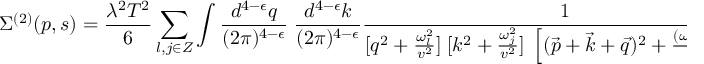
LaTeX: \Sigma ^ { ( 2 ) } ( p , s ) = { \frac { \lambda ^ { 2 } T ^ { 2 } } { 6 } } \sum _ { l , j \in { \cal Z } } \int { \frac { d ^ { 4 - \epsilon } q } { ( 2 \pi ) ^ { 4 - \epsilon } } } \; { \frac { d ^ { 4 - \epsilon } k } { ( 2 \pi ) ^ { 4 - \epsilon } } } { \frac { 1 } { [ q ^ { 2 } + \frac { \omega _ { l } ^ { 2 } } { v ^ { 2 } } ] \; [ k ^ { 2 } + \frac { \omega _ { j } ^ { 2 } } { v ^ { 2 } } ] \; \left[ ( { \vec { p } } + { \vec { k } } + { \vec { q } } ) ^ { 2 } + \frac { ( \omega _ { l } + \omega _ { j } + s ) ^ { 2 } } { v ^ { 2 } } \right] } } \; .